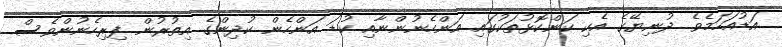
އަޑުއަހަމެވެ. ދުނިޔޭގެ އެކި ކަންކޮޅުތަކުގައި އަންހެނުންނާއި ކުޑަ އަންހެން ކުދިންގެ އިތުރުން ފިރިހެނުންވެސް